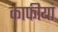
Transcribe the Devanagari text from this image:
काफीयां